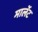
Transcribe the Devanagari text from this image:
मार्लेट